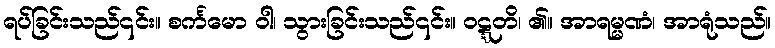
ရပ်ခြင်းသည်၎င်း။ စင်္ကမော ဝါ၊ သွားခြင်းသည်၎င်း။ ဝဋ္ဋတိ၊ ၏။ အာရမ္မဏံ၊ အာရုံသည်။